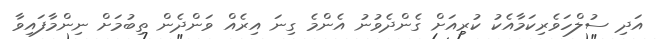
އަދި ސުލްހަވެރިކަމާއެކު ކުރިއަށް ގެންދެވުނު އެންމެ ގިނަ އިރެއް ވަންދެން ތިބުމަށް ނިންމާފައިވާ